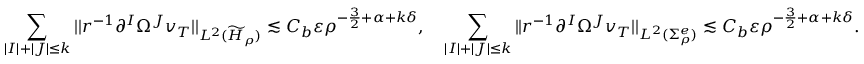
\sum _ { | I | + | J | \leq k } | | r ^ { - 1 } \partial ^ { I } \Omega ^ { J } v _ { T } | | _ { L ^ { 2 } ( \widetilde H _ { \rho } ) } \lesssim C _ { b } \varepsilon \rho ^ { - \frac 3 2 + \alpha + k \delta } , \quad \sum _ { | I | + | J | \leq k } | | r ^ { - 1 } \partial ^ { I } \Omega ^ { J } v _ { T } | | _ { L ^ { 2 } ( \Sigma _ { \rho } ^ { e } ) } \lesssim C _ { b } \varepsilon \rho ^ { - \frac 3 2 + \alpha + k \delta } .